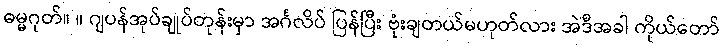
ဓမ္မဂုတ်။ ။ ဂျပန်အုပ်ချုပ်တုန်းမှာ အင်္ဂလိပ် ပြန်ပြီး ဗုံးချတယ်မဟုတ်လား အဲဒီအခါ ကိုယ်တော်